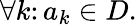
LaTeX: \forall k\colon a_{k}\in D.